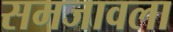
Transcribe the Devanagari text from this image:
समजावला